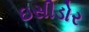
ઇસીડોર